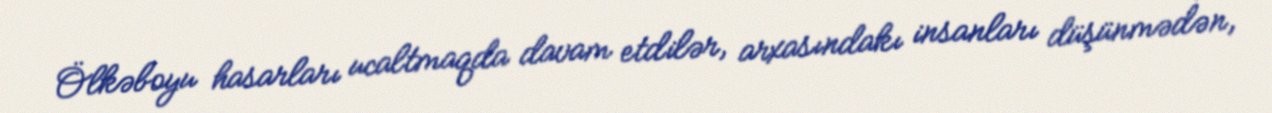
Ölkəboyu hasarları ucaltmaqda davam etdilər, arxasındakı insanları düşünmədən,